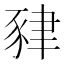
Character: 𧱇